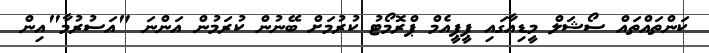
ކަންތައްތައް ސޯޝަލް މީޑިއާގައި ޕީޕީއެމް ޕްރޮމޯޓު ކުރުމަށް ބޭނުން ކުރަމުން އަންނަ "އަސުރުމާ"އިން